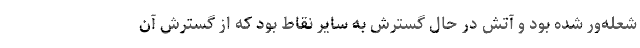
شعله‌ور شده بود و آتش در حال گسترش به سایر نقاط بود که از گسترش آن